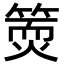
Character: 𥱇